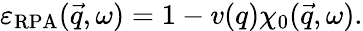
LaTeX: \varepsilon_{\mathrm{RPA}}(\vec{q},\omega)=1-v(q)\chi_{0}(\vec{q},\omega).